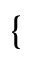
\{